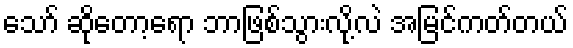
သော် ဆိုတော့ရော ဘာဖြစ်သွားလို့လဲ အမြင်ကတ်တယ်